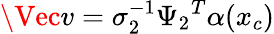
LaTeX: \Vec{v}=\sigma_{2}^{-1}{\Psi_{2}}^{T}\alpha(x_{c})